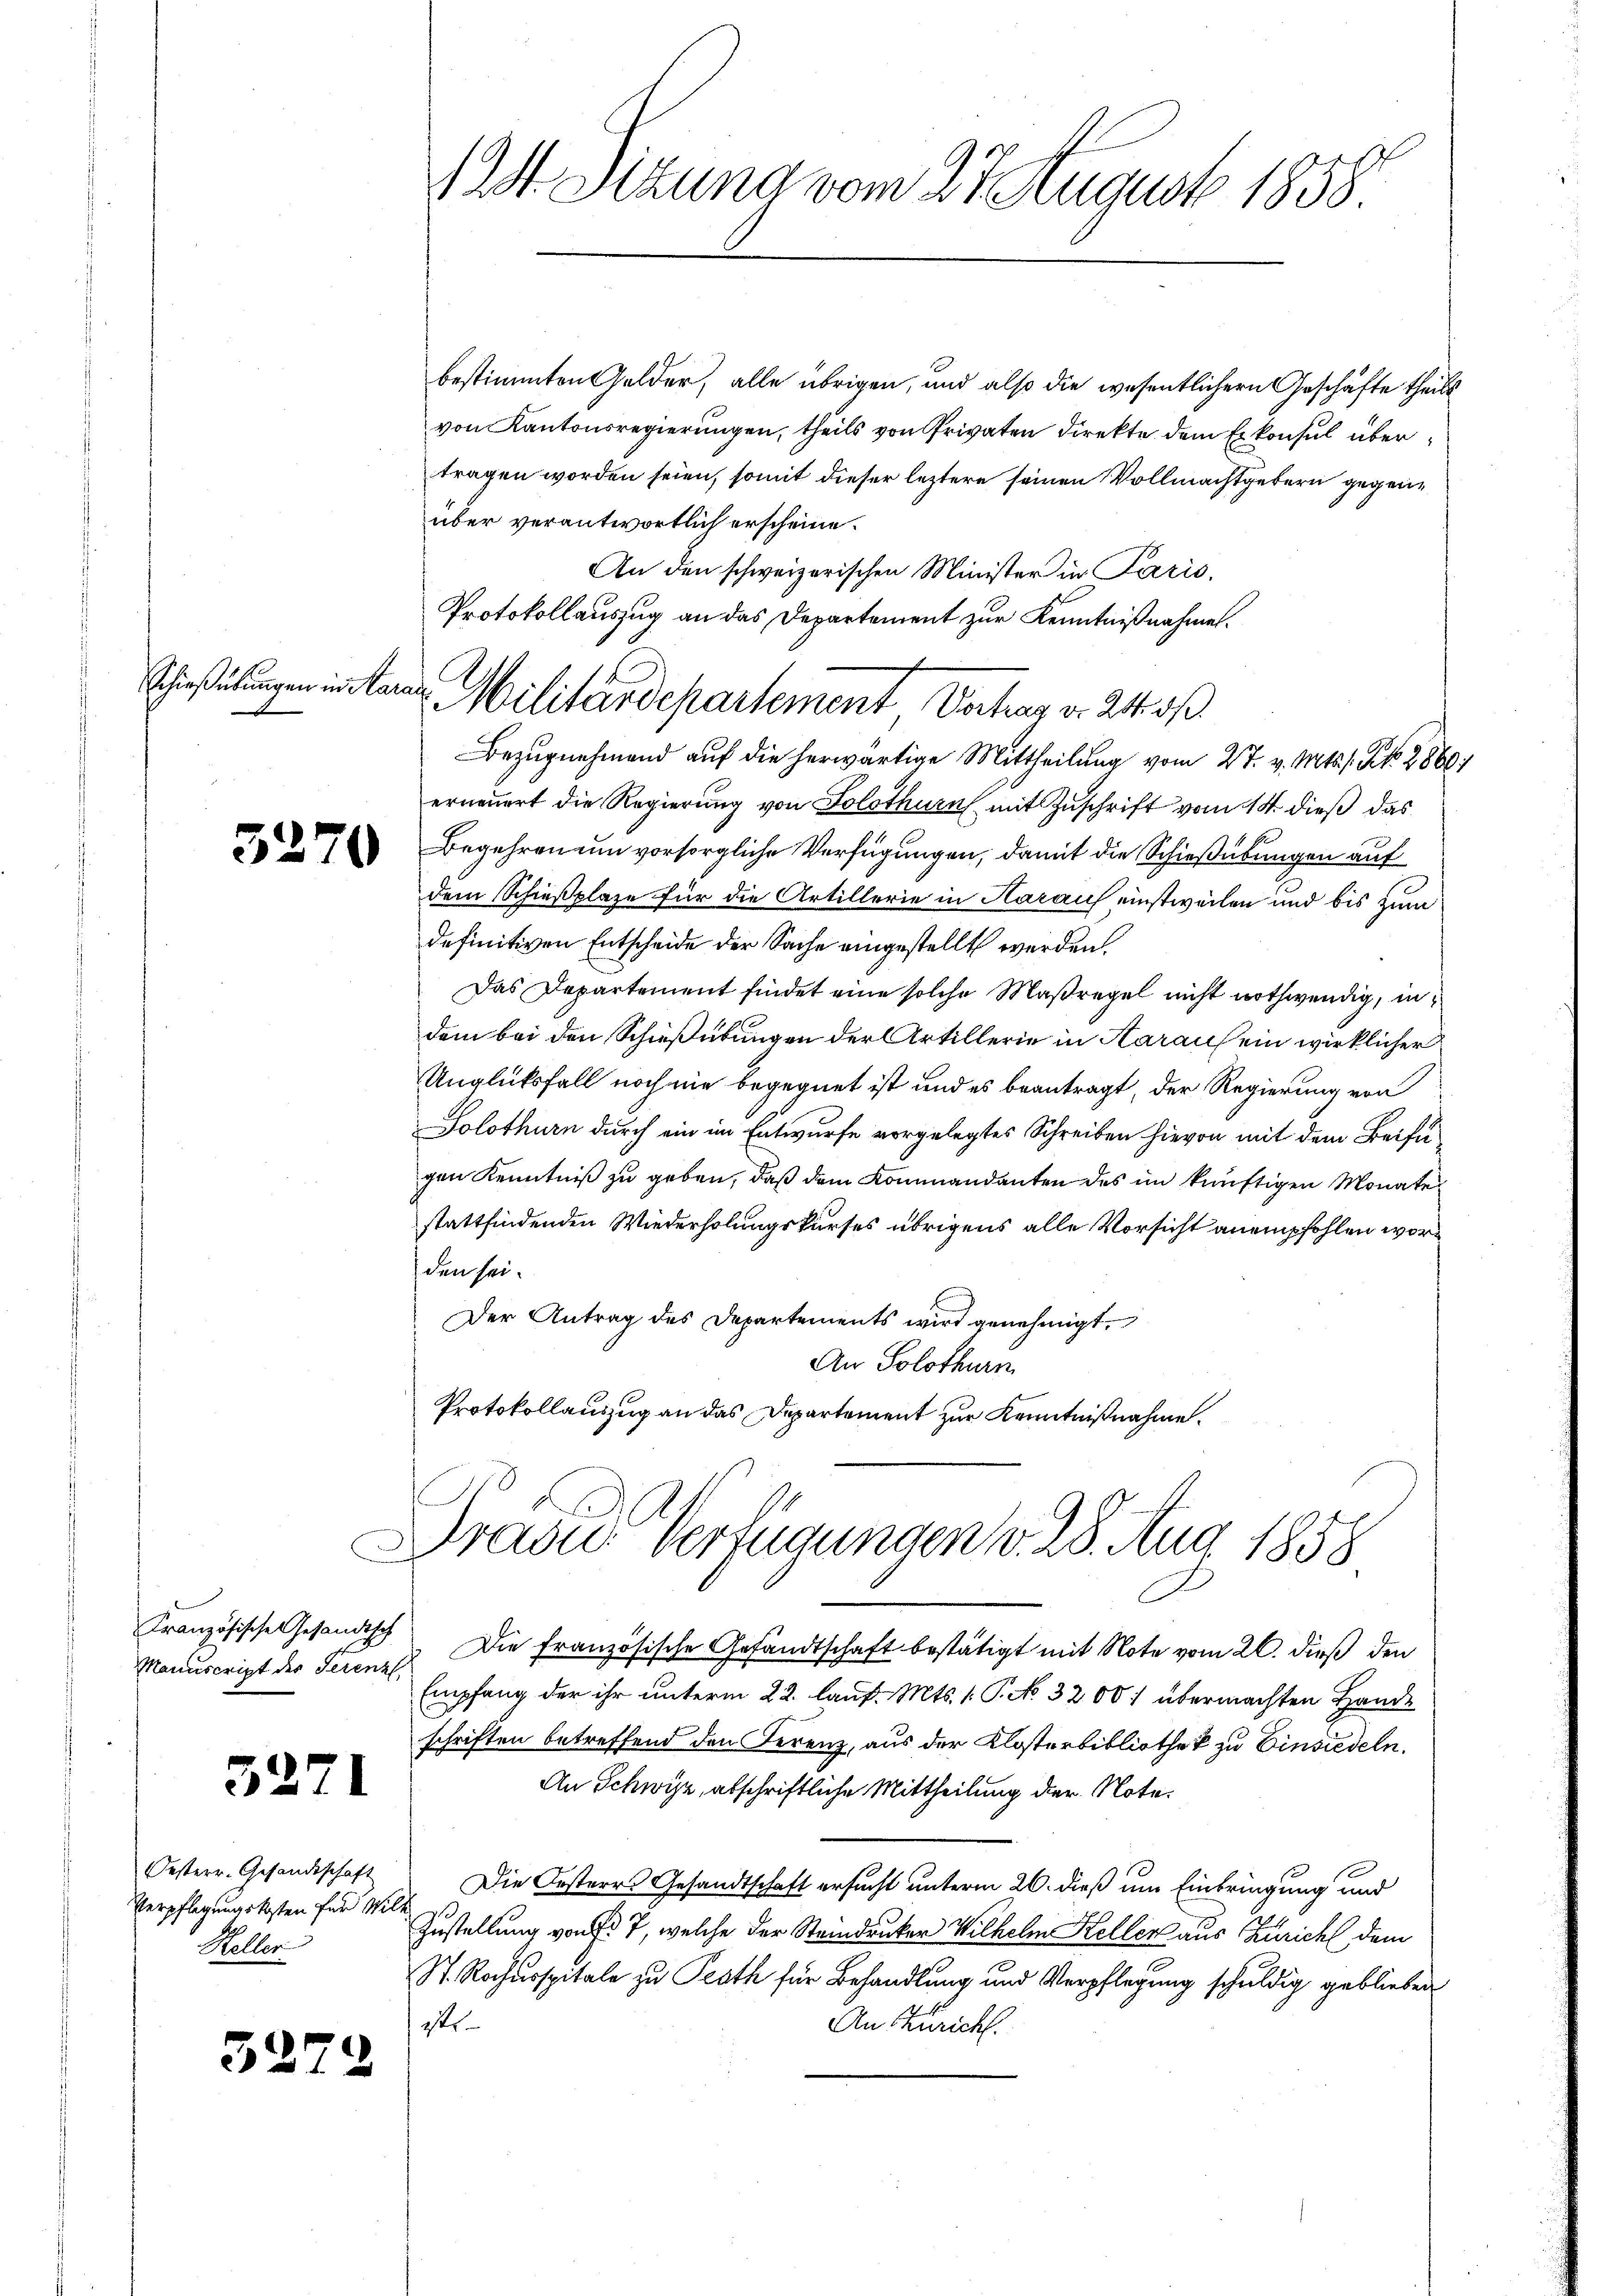
1 st. Sitzung vom 27. August 1858.

bestimmten Gelder, alle übrigen, und also die wesentlichern Geschäfte theils
von Kantonsregierungen, theils von Privaten Direkte dem Erkonsul übertragen worden seien, somit dieser leztere seinen Vollmachtgetern gegenüber verantwortlich erscheine.
An den schweizerischen Minister in Paris,
Bezugnehmend auf die herwärtige Mittheilung vom 27. v. Mts. s. No. 2860/
erneuert die Regierung von Solothurn mit Zuschrift vom 14. dieß das
Begehren um vorsorgliche Verfügungen, damit die Schießübungen auf
dem Schießplaze für die Artillerie in Harauf einstweilen und bis zum
definitiven Entscheide der Sache eingestellt werden.
Das Departement findet eine solche Maßregel nicht nothwendig, indem bei den Schießübungen der Artillerie in Aarauf ein wirklicher
Unglüksfall noch nie begegnet ist und es beantragt, der Regierung von
Solothurn durch ein im Entwurfe vorgelegtes Schreiben hievon mit dem Beifügen Kenntniß zu geben, daß dem Kommandanten des im künftigen Monate
stattfindenden Wiederholungskurses übrigens alle Vorsicht anempfohlen worden sei.
Der Antrag des Departements wird genehmigt.
An Solothurn
Protokollauszug an das Departement zur Kenntnißnahme.

Protokollauszug an das Departement zur Kenntnißnahmen.
Militärdepartement Verhar v. 24 o

Schießübungen in Aarau

5270

Drasu Verfügungen v. 28. Aug 1858

Manuscript des Serenz

Französische Gesandtsch Die französische Gesandtschaft bestätigt mit Note vom 26. dieß den
Empfang der ihr unterm 22. lauf. Mts. 1. P. No. 32001 übermachten Hande
schriften betreffend den Ferenz, aus der Klosterbibliothek zu Einsiedeln.
An Schwyz, abschriftliche Mittheilung der Note.
Die Oesteres Gesandtschaft ersucht unterm 26. dieß um Einbringung und
Zustellung von § 7, welche der Steindrucker Wilhelm Keller aus Zürich dem
Str. Rochusspitale zu Prath für Behandlung und Verpflegung schuldig geblieben
str.
An Züricht.

3271

Oesterr. Gesandtschaft
Verpflegungskosten für Wil
Heller

34